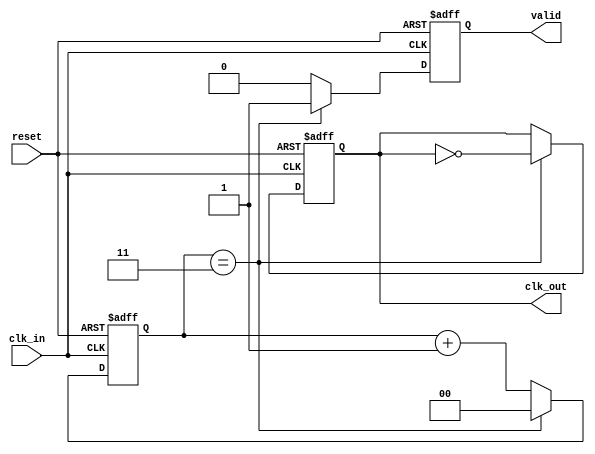
module clock_divider
#(parameter DIV_FACTOR = 4)  // Parameter for division factor
(
    input wire clk_in,         // Input clock signal
    input wire reset,          // Asynchronous reset signal
    output reg clk_out,        // Output clock signal
    output reg valid           // Output valid signal
);

    reg [$clog2(DIV_FACTOR)-1:0] counter; // Counter with appropriate bit width

    always @(posedge clk_in or posedge reset) begin
        if (reset) begin
            counter <= 0;        // Reset counter
            clk_out <= 0;       // Reset output clock
            valid <= 0;         // Reset valid signal
        end else begin
            if (counter == DIV_FACTOR - 1) begin
                clk_out <= ~clk_out;  // Toggle the output clock
                valid <= 1;           // Set valid signal high
                counter <= 0;         // Reset counter
            end else begin
                counter <= counter + 1; // Increment counter
                valid <= 0;             // Set valid signal low
            end
        end
    end

endmodule